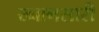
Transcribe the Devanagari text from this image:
ख्वानसारी